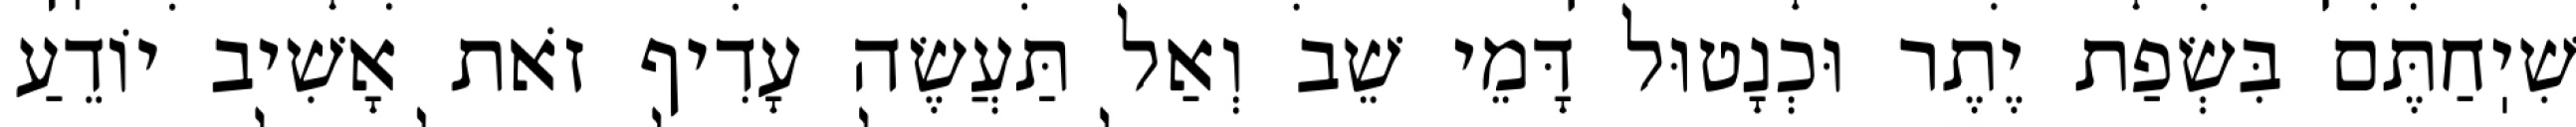
שִׁיֽחַתֶּם בִּשְׂפַת יֶתֶר וּכְנָטוּל דָּמֵי שֵׁב וְאַל תַּעֲשֶׂה עָדִיף זֹאת אָשִׁיב יוֹדֵעַ